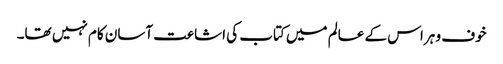
خوف و ہراس کے عالم میں کتاب کی اشاعت آسان کام نہیں تھا۔